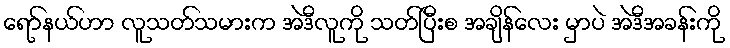
ရော်နယ်ဟာ လူသတ်သမားက အဲဒီလူကို သတ်ပြီးစ အချိန်လေး မှာပဲ အဲဒီအခန်းကို